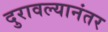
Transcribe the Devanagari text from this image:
दुरावल्यानंतर